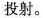
投射。